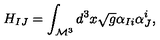
H _ { I J } = \int _ { \mathcal { M } ^ { 3 } } d ^ { 3 } x \sqrt { g } \alpha _ { I i } \alpha _ { J } ^ { i } ,